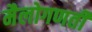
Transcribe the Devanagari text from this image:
मैलोगणती